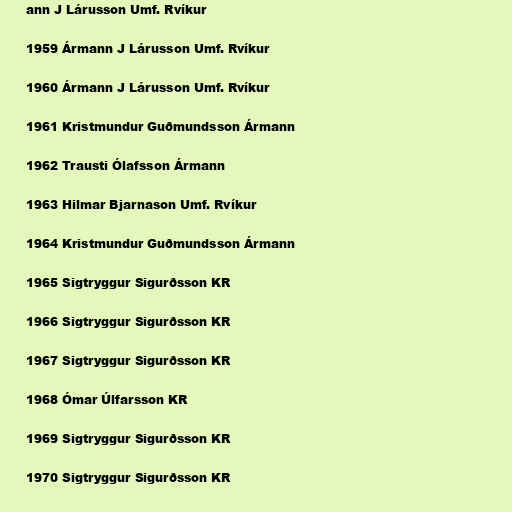
ann J Lárusson Umf. Rvíkur

1959 Ármann J Lárusson Umf. Rvíkur

1960 Ármann J Lárusson Umf. Rvíkur

1961 Kristmundur Guðmundsson Ármann

1962 Trausti Ólafsson Ármann

1963 Hilmar Bjarnason Umf. Rvíkur

1964 Kristmundur Guðmundsson Ármann

1965 Sigtryggur Sigurðsson KR

1966 Sigtryggur Sigurðsson KR

1967 Sigtryggur Sigurðsson KR

1968 Ómar Úlfarsson KR

1969 Sigtryggur Sigurðsson KR

1970 Sigtryggur Sigurðsson KR